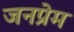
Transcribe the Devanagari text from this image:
जनप्रेम